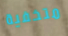
متخفية